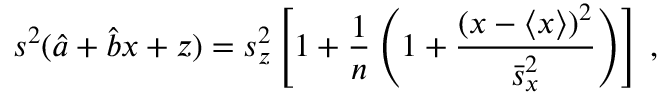
s ^ { 2 } ( \hat { a } + \hat { b } x + z ) = s _ { z } ^ { 2 } \left[ 1 + \frac { 1 } { n } \left( 1 + \frac { ( x - \left\langle x \right\rangle ) ^ { 2 } } { \bar { s } _ { x } ^ { 2 } } \right) \right] \: ,